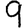
Digit: 9